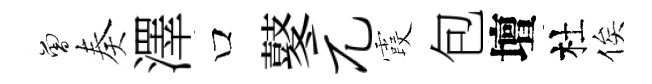
曾奏澤口鼕兀霞包壇杜俟